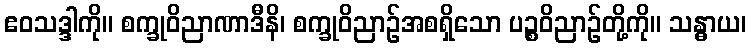
ဧဝသဒ္ဒါကို။ စက္ခုဝိညာဏာဒီနိ၊ စက္ခုဝိညာဉ်အစရှိသော ပဉ္စဝိညာဉ်တို့ကို။ သန္ဓာယ၊